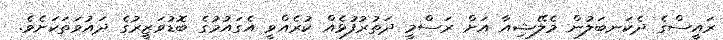
ރައީސްގެ ދެކަނބަލުން މެލޭޝިއާ އަށް ރަސްމީ ދަތުރުފުޅެއް ކުރެއްވީ އެގައުމުގެ ބޮޑުވަޒީރުގެ ދައުވަތަކަށެވެ.